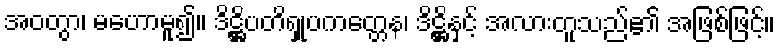
အဝတွာ၊ မဟောမူ၍။ ဒိဋ္ဌိပတိရှုပကတ္တေန၊ ဒိဋ္ဌိနှင့် အလားတူသည်၏ အဖြစ်ဖြင့်။